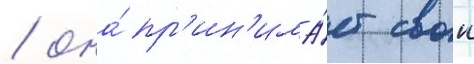
/ она́ пр'ин'има́ет свои